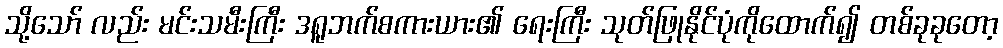
သို့သော် လည်း မင်းသမီးကြီး ဒရူဘက်စကားယား၏ ရေးကြီး သုတ်ဖြုနိုင်ပုံကိုထောက်၍ တစ်ခုခုတော့